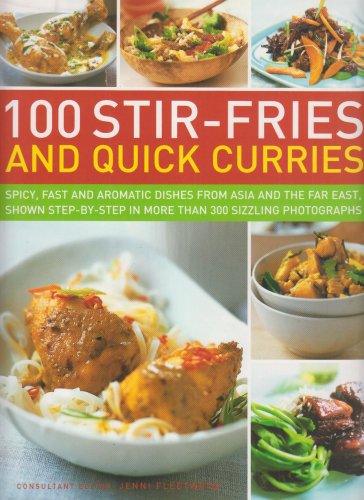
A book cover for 100 Stir-Fries and Quick Curries: Spicy And Aromatic Dishes From Asia And The Far East, Shown Step-By-Step In More Than 300 Sizzling Photographs; Jenni Fleetwood; Cookbooks, Food & Wine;